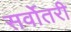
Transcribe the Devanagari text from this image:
सर्वोतरी